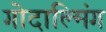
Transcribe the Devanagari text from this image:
गोदाल्मिंग